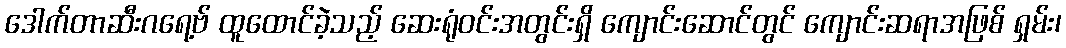
ဒေါက်တာဆီးဂရေ့ဗ် ထူထောင်ခဲ့သည့် ဆေးရုံဝင်းအတွင်းရှိ ကျောင်းဆောင်တွင် ကျောင်းဆရာအဖြစ် ရှမ်း၊